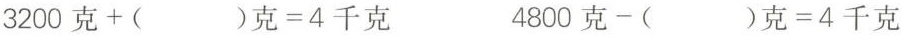
3200克+( )克=4千克 4800克-( )克=4千克